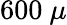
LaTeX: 600~\mu